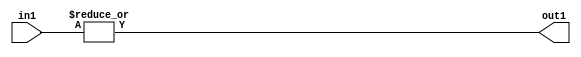
`timescale 1ps / 1ps
/*****************************************************************************
    Verilog RTL Description
    
    
    Created by: Stratus DpOpt 2019.1.01 
*******************************************************************************/

module fix2float_OrReduction_6U_1U_4_1 (
	in1,
	out1
	); /* architecture "behavioural" */ 
input [5:0] in1;
output  out1;
wire  asc001;

assign asc001 = 
	(|in1);

assign out1 = asc001;
endmodule

/* CADENCE  urXyTA0= : u9/ySgnWtBlWxVPRXgAZ4Og= ** DO NOT EDIT THIS LINE ******/